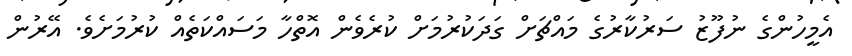
އެމީހުންގެ ނުފޫޒު ސަރުކާރުގެ މައްޗަށް ގަދަކުރުމަށް ކުރެވެން އޮތްހާ މަސައްކަތެއް ކުރުމަށެވެ. އޭރުން